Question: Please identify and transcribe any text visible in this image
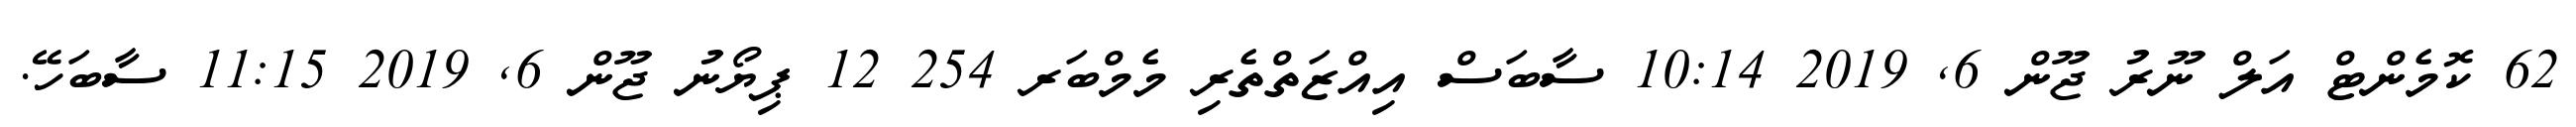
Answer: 62 ކޮމެންޓް އަލް ނޫރު ޖޫން 6, 2019 10:14 ސާބަސް އިއްޒަތްތެރި މެމްބަރ 254 12 ޕިޔޯނު ޖޫން 6, 2019 11:15 ސާބަހޭ.